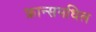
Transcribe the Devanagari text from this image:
फ्रान्समधिल